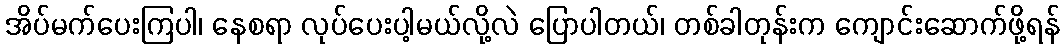
အိပ်မက်ပေးကြပါ၊ နေစရာ လုပ်ပေးပါ့မယ်လို့လဲ ပြောပါတယ်၊ တစ်ခါတုန်းက ကျောင်းဆောက်ဖို့ရန်